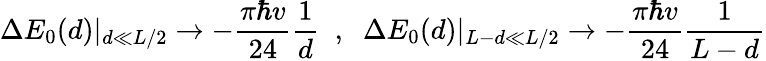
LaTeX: \Delta E_{0}(d)|_{d\ll L/2}\to-\frac{\pi\hbar v}{24}\frac{1}{d}\; \; ,\; \; \Delta E_{0}(d)|_{L-d\ll L/2}\to-\frac{\pi\hbar v}{24}\frac{1}{L-d}